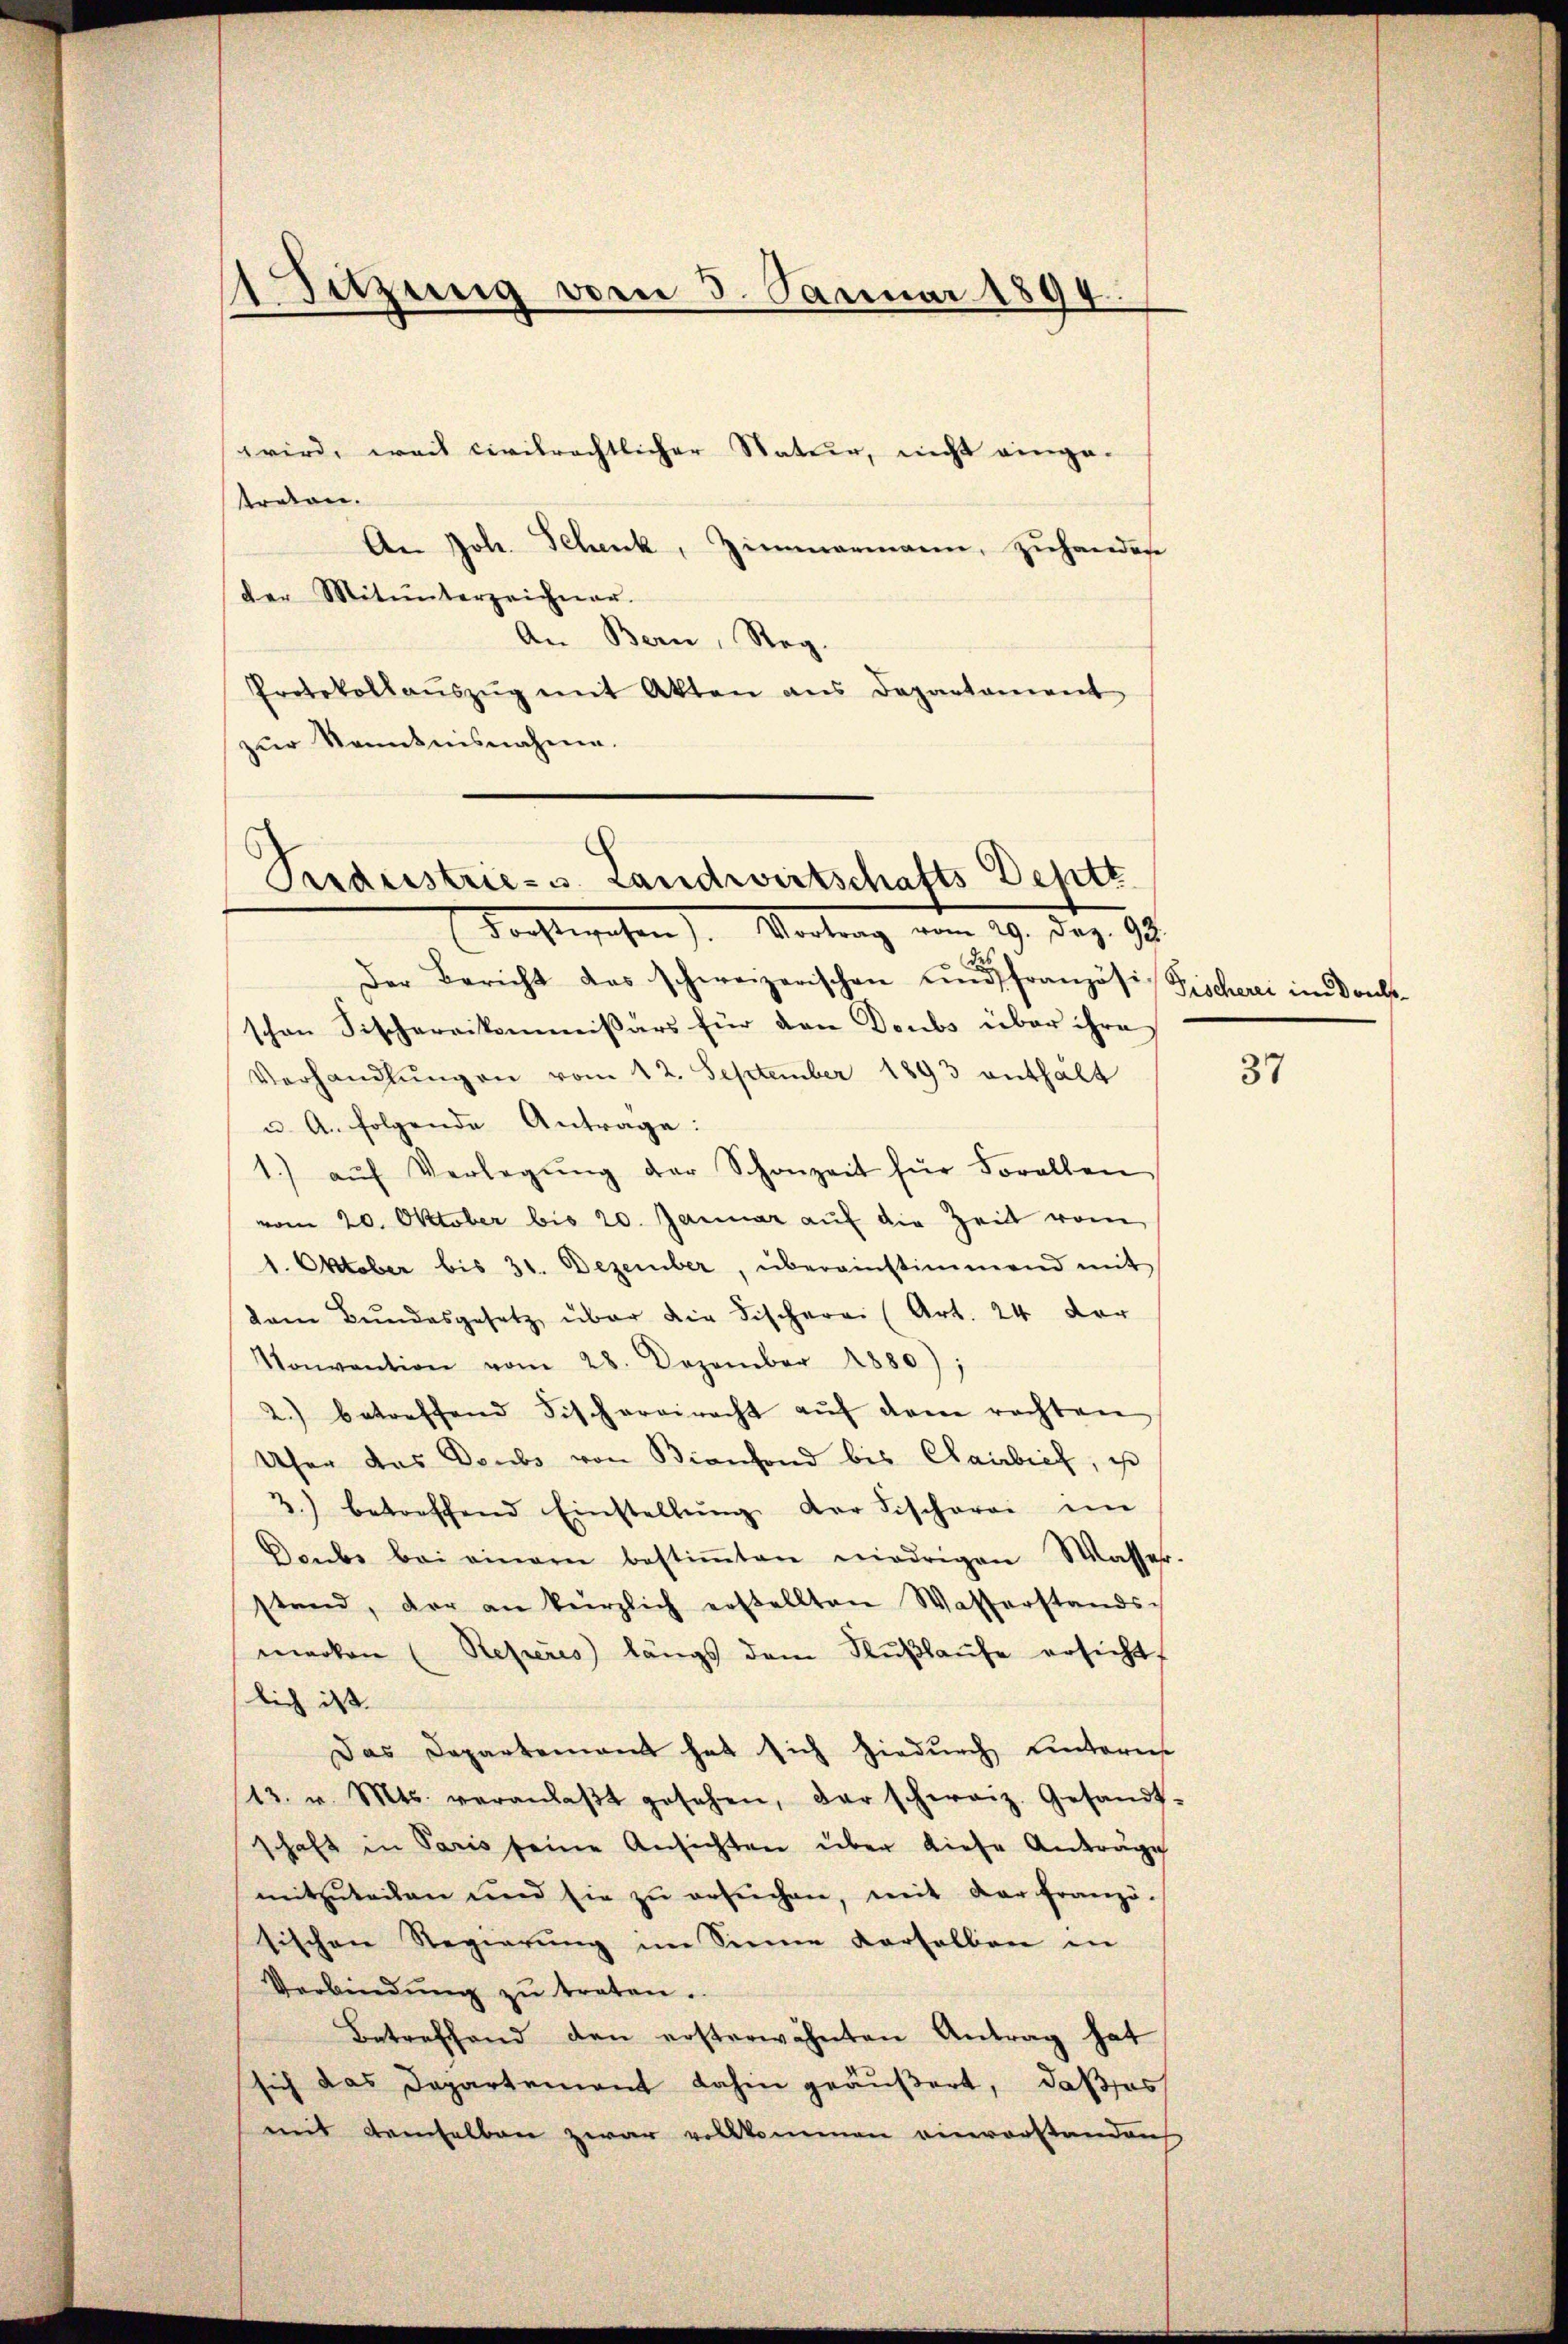
Sitzung vom 3. Januar 1894.

wird, weil civilrechtlicher Natur, nicht eingetraion.
An Joh. Schenk, Zimmermann, zuhandere
der Mitunterzeichner.
An Bern, Reg.
Protokollaŭszŭg mit Akten ans Departament
zŭr Kenntnisnahme.

Puederstrie-S. Landwirtschafts Deptt
Tochte gehen). Martung vom 29. Dez. 18

Der Bericht das schweizerischen und französi, Fischerei im Druckschen Fischereikommissärs für den Doubs über ihre
Verhandlŭngen vom 12. September 1893 enthält
u. A. folgende Antrage:
1. aŭf Verlegŭng der Schonzeit für Forellen
vom 20. Oktober bis 20. Januar auf die Zeit vom
1. Oktober bis 31. Dezember, übereinstimmend mit
dam Bundesgesetz über die Fischerei (Art. 24 der
Konvention vom 28. Dezember 1880);
2.) betreffend Fischereiracht aŭf dem rechten
Ufer das Doubs von Bienfond bis Cairbief, ist
2.) betreffend Einstellŭng der Fischerei im
Daubs bei einem bestiṁten niedrigen Wasser-
stand, der an kürzlich erstellten Wasserstands-
merken (Reperes längs dem Flŭβlaŭfe ersicht
lich ist.
Das Departement hat sich hiedurch untere
13. v. Mts. veranlaβt gesehen, der schweiz. Gesandt-
schaft in Paris seine Ansichten über diese Antrage
mitzŭteilen und sie zŭ ersŭchen, mit der franzö-
tischen Regierung im Sinne derselben in
Verbindung zu treten.
Betreffend den ersterwähnten Antrag hat
sich das Departement dahin geäußert, daß sos
mit demselben zwar vollkommen einvorstandenh

37